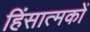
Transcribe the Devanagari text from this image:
हिंसात्मकों